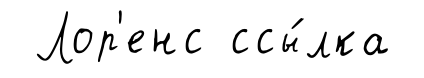
Лор'енс ссы́лка